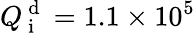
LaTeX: Q_{\mathrm{~i~}}^{\mathrm{~d~}}=1.1\times 10^{5}